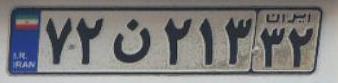
۷۲ن۲۱۳۳۲